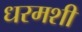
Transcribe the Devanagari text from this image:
धरमशी